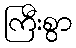
ကြီးစွာ